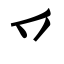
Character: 乊